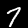
Label: 7